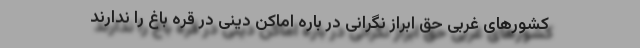
کشورهای غربی حق ابراز نگرانی در باره اماکن دینی در قره باغ را ندارند